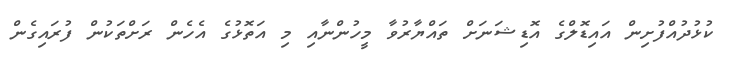
ކުޅުދުއްފުށިން އައިޑޮލްގެ އޮޑިޝަނަށް ތައްޔާރުވާ މީހުންނާއި މި އަތޮޅުގެ އެހެން ރަށްތަކުން ފުރައިގެން